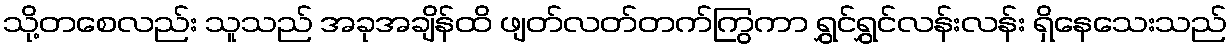
သို့တစေလည်း သူသည် အခုအချိန်ထိ ဖျတ်လတ်တက်ကြွကာ ရွှင်ရွှင်လန်းလန်း ရှိနေသေးသည်